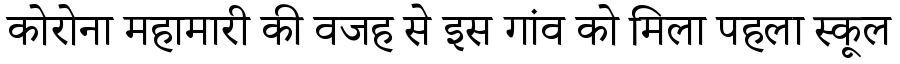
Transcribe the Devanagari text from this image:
कोरोना महामारी की वजह से इस गांव को मिला पहला स्कूल